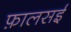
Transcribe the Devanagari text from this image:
फ़ालसई